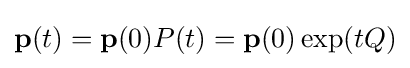
\mathbf {p} (t)=\mathbf {p} (0)P(t)=\mathbf {p} (0)\exp(tQ)